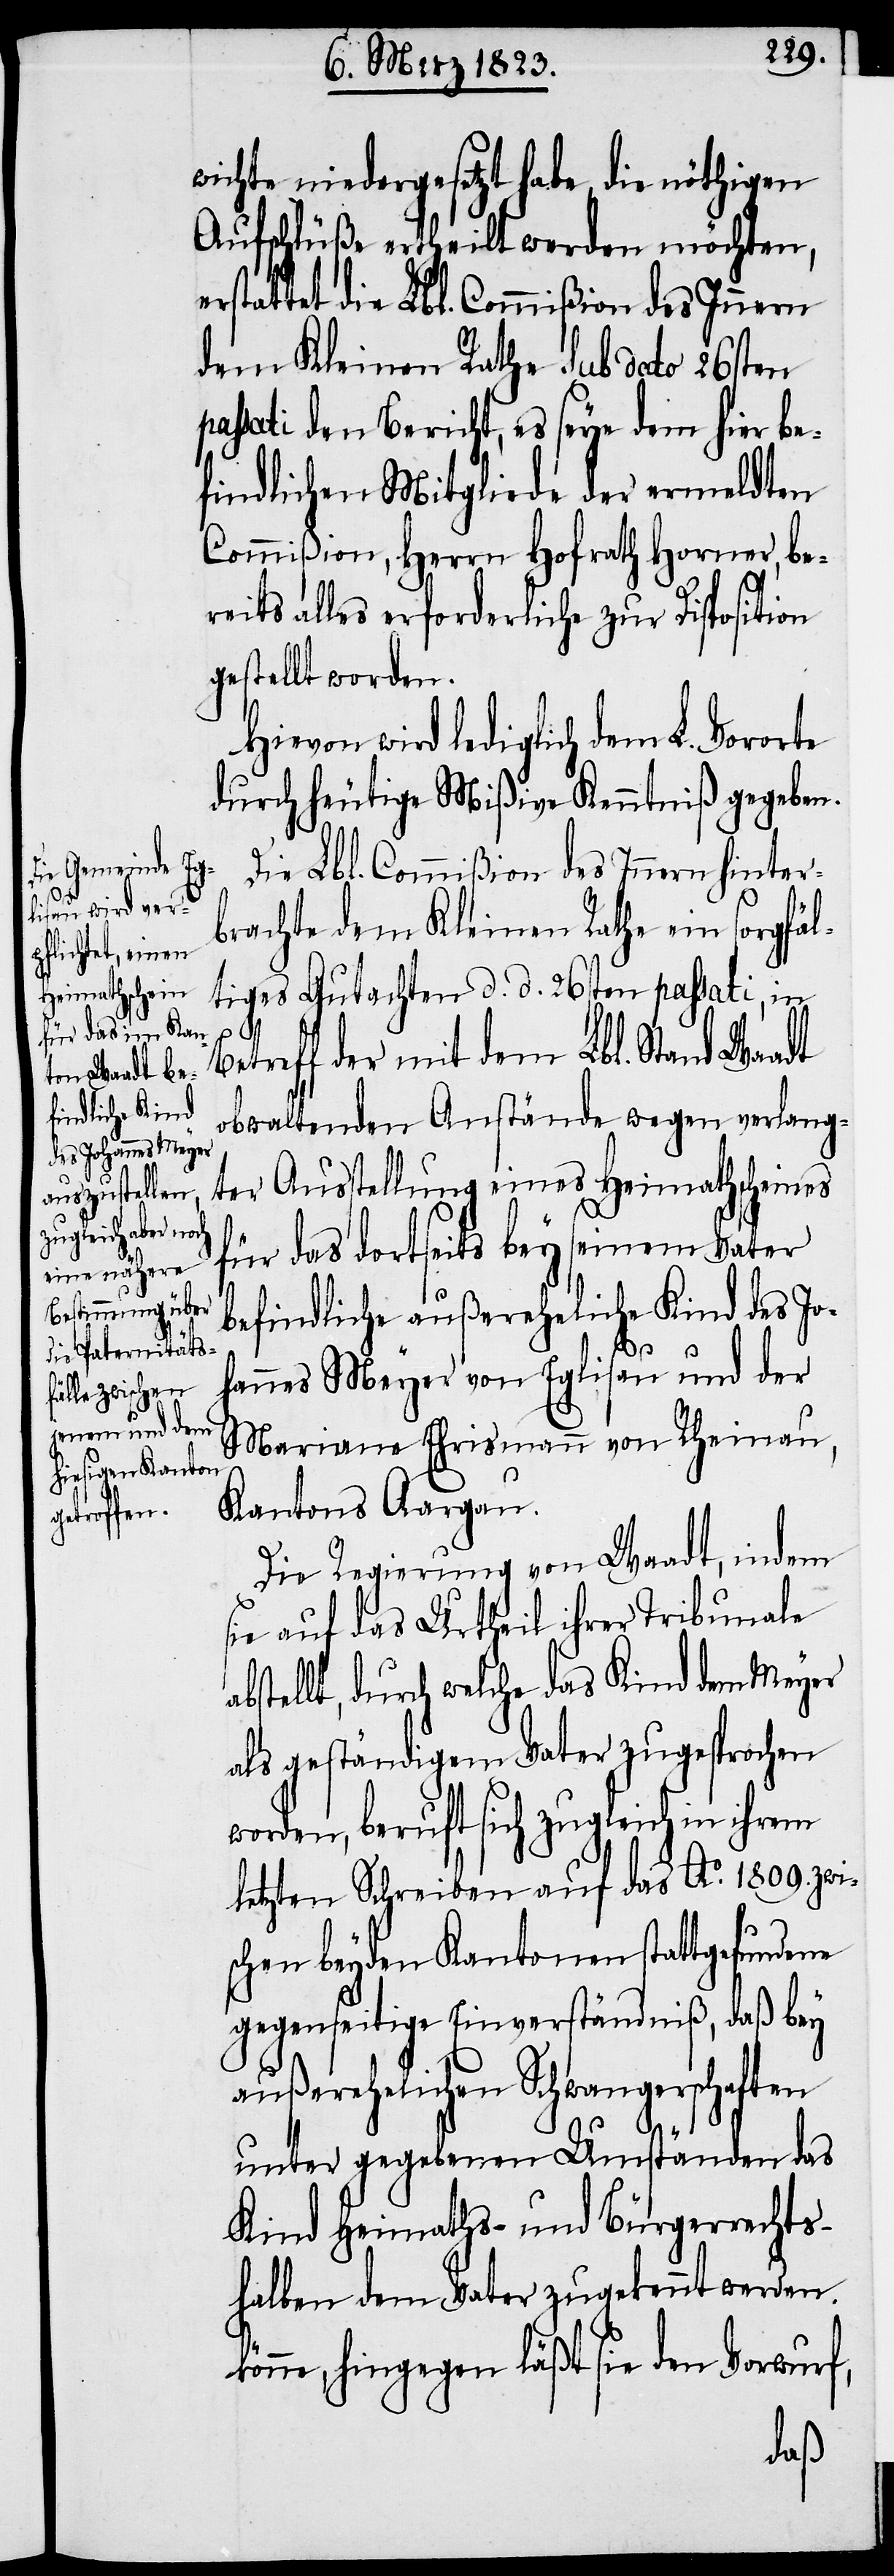
wichte niedergesetzt habe, die nöthigen
Aufschlüße ertheilt werden möchten,
erstattet die Lbl. Commißion des Innern
dem Kleinen Rathe Sub dato 26sten
passati den Bericht, es seye dem hier be¬
findlichen Mitgliede der ermeldten
Commißion, Herrn Hofrath Horner, be¬
reits alles erforderliche zur Disposition
gestellt worden.
Hievon wird lediglich dem L. Vororte
durch heutige Mißive Kenntniß gegeben.
Die Lbl. Commißion des Innern hinter¬
brachte dem Kleinen Rathe ein sorgfäl¬
tiges Gutachten d. d. 26sten passati, in
Betreff der mit dem Lbl. Stand Waadt
obwaltenden Anstände wegen verlang¬
ter Ausstellung eines Heimathscheines
für das dortseits bey seinem Vater
befindliche außereheliche Kind des Jo¬
hannes Meyer von Eglisau und der
Mariane Ehrismann von Rheinau,
Kantons Aargau.
Die Regierung von Waadt, indem
sie auf das Urtheil ihrer Tribunale
abstellt, durch welche das Kind dem Meyer
als geständigem Vater zugesprochen
worden, beruft sich zugleich in ihrem
letzten Schreiben auf das Ao. 1809. zwi¬
schen beyden Kantonen stattgefundene
gegenseitige Einverständniß, daß bey
außerehelichen Schwangerschaften
unter gegebenen Umständen das
Kind Heimaths- und Bürgerrechts¬
halben dem Vater zugekennt werden k¬
önne, hingegen läßt sie den Vorwurf,